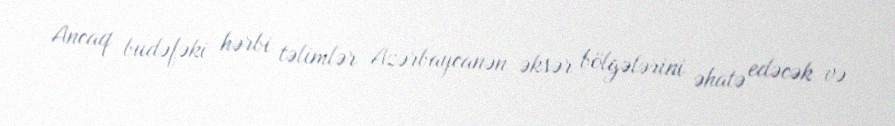
Ancaq budəfəki hərbi təlimlər Azərbaycanən əksər bölgələrini əhatə edəcək və